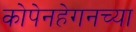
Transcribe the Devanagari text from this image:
कोपेनहेगनच्या